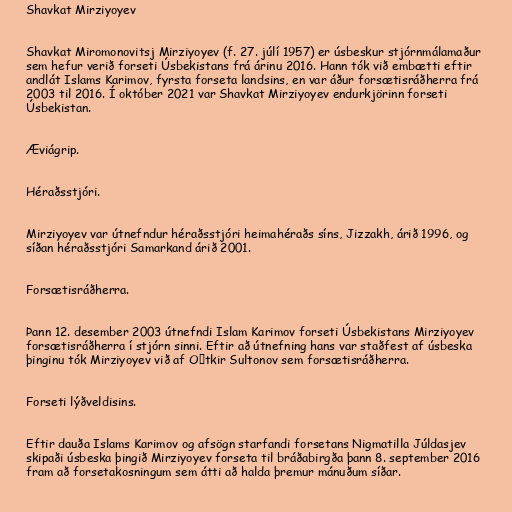
Shavkat Mirziyoyev

Shavkat Miromonovitsj Mirziyoyev (f. 27. júlí 1957) er úsbeskur stjórnmálamaður
sem hefur verið forseti Úsbekistans frá árinu 2016. Hann tók við embætti eftir
andlát Islams Karimov, fyrsta forseta landsins, en var áður forsætisráðherra frá
2003 til 2016. Í október 2021 var Shavkat Mirziyoyev endurkjörinn forseti
Úsbekistan.

Æviágrip.

Héraðsstjóri.

Mirziyoyev var útnefndur héraðsstjóri heimahéraðs síns, Jizzakh, árið 1996, og
síðan héraðsstjóri Samarkand árið 2001.

Forsætisráðherra.

Þann 12. desember 2003 útnefndi Islam Karimov forseti Úsbekistans Mirziyoyev
forsætisráðherra í stjórn sinni. Eftir að útnefning hans var staðfest af úsbeska
þinginu tók Mirziyoyev við af Oʻtkir Sultonov sem forsætisráðherra.

Forseti lýðveldisins.

Eftir dauða Islams Karimov og afsögn starfandi forsetans Nigmatilla Júldasjev
skipaði úsbeska þingið Mirziyoyev forseta til bráðabirgða þann 8. september 2016
fram að forsetakosningum sem átti að halda þremur mánuðum síðar.